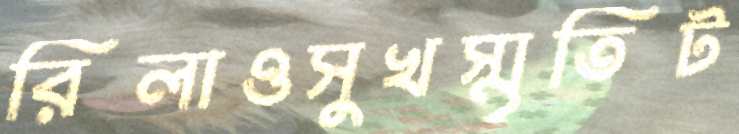
রিলাওসুখস্মৃতিট